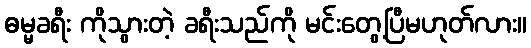
ဓမ္မခရီး ကိုသွားတဲ့ ခရီးသည်ကို မင်းတွေ့ပြီမဟုတ်လား။